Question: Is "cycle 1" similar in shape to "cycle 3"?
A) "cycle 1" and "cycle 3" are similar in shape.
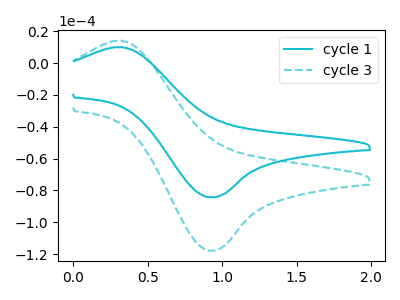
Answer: <think>The cyan curve "cycle 1" has an anodic peak at (0.35V, 10.05uA) and a cathodic peak at (0.90V, -84.35uA). The cyan dashed curve "cycle 3" has an anodic peak at (0.35V, 14.10uA) and a cathodic peak at (0.90V, -117.95uA).
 All the peaks in "cycle 1" have a peak in "cycle 3" at the same potential. Every peak in "cycle 1" is lower than every peak in "cycle 3".</think>
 <answer>A) "cycle 1" and "cycle 3" are similar in shape.</answer>
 <eval>A</eval>